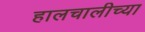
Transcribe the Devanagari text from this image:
हालचालीच्या